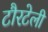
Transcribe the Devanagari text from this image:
टौरटेली